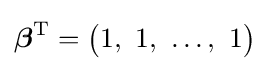
{\boldsymbol {\beta }}^{\text{T}}={\begin{pmatrix}1,\ 1,\ \dots ,\ 1\end{pmatrix}}